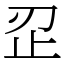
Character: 𰙜